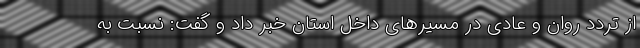
از تردد روان و عادی در مسیرهای داخل استان خبر داد و گفت: نسبت به